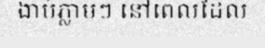
ងាប់ភ្លាមៗ នៅពេលដែល